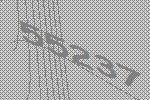
55237